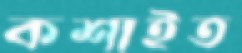
কশাইত